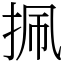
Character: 㧩